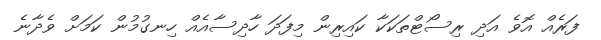
ފަރެއް އޮވެ އަދި ރިސޯޓްތަކަކާ ކައިރިން މިފަދަ ހާދިސާއެއް ހިނގުމުން ކަމަށް ވެދާނެ